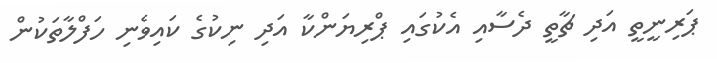
ޕަރިނީތީ އަދި ޗާތީ ދެސާއި އެކުގައި ޕްރިޔަންކާ އަދި ނިކުގެ ކައިވެނި ހަފްލާތަކުން